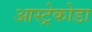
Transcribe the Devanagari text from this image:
आस्ट्रेकोडा